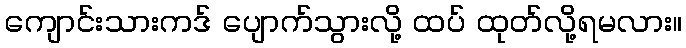
ကျောင်းသားကဒ် ပျောက်သွားလို့ ထပ် ထုတ်လို့ရမလား။